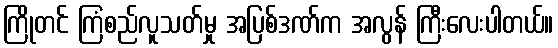
ကြိုတင် ကြံစည်လူသတ်မှု အပြစ်ဒဏ်က အလွန် ကြီးလေးပါတယ်။